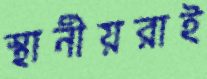
স্থানীয়রাই